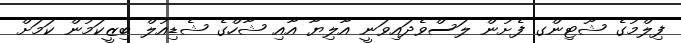
ފިލްމުގެ ޝޫޓިންގ ފެށުން ލަސްވެދައިވަނީ އާލިޔާ އާއި ޝާހްގެ ޝެޑިއުލް ބިޒީކަމުން ކަމަށް